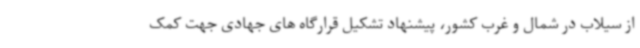
از سیلاب در شمال و غرب کشور، پیشنهاد تشکیل قرارگاه های جهادی جهت کمک